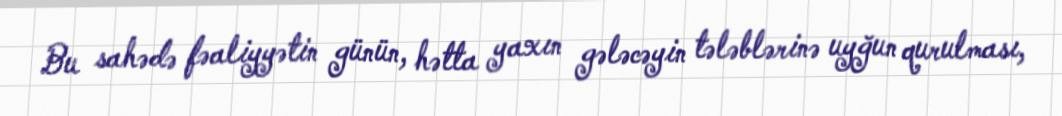
Bu sahədə fəaliyyətin günün, hətta yaxın gələcəyin tələblərinə uyğun qurulması,